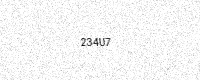
Text: 234U7